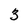
Character: 3